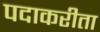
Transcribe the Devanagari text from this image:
पदाकरीता